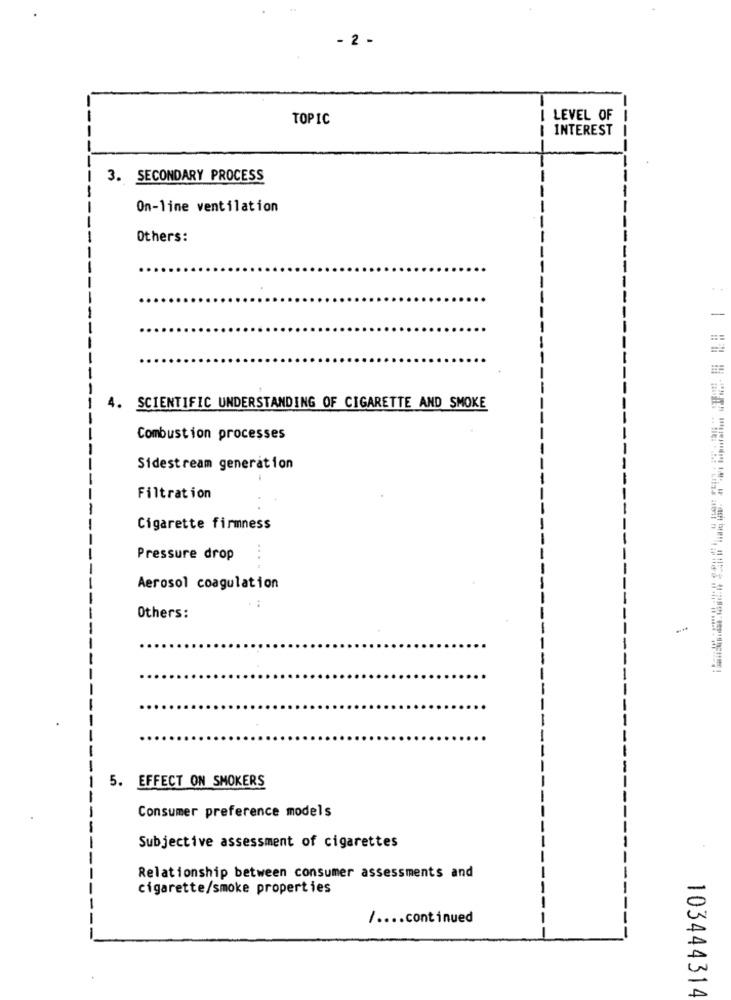
- 2 -
TOPIC
I LEVEL OF
I INTEREST
3. SECONDARY PROCESS
On-line ventilation
Others:
..
-
4. SCIENTIFIC UNDERSTANDING OF CIGARETTE AND SMOKE
Combustion processes
Sidestream generation
Filtration
Cigarette firmness
..
Pressure drop
Aerosol coagulation
Others:
5. EFFECT ON SMOKERS
Consumer preference models
Subjective assessment of cigarettes
Relationship between consumer assessments and
cigarette/smoke properties
/ .... continued
--
103444314